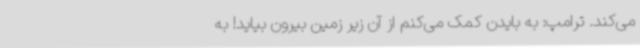
می‌کند. ترامپ: به بایدن کمک می‌کنم از آن زیر زمین بیرون بیاید! به